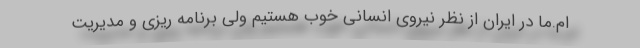
ام.ما در ایران از نظر نیروی انسانی خوب هستیم ولی برنامه ریزی و مدیریت